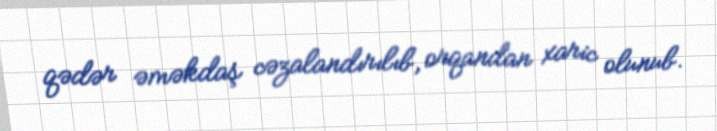
qədər əməkdaş cəzalandırılıb, orqandan xaric olunub.